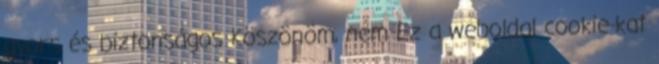
gyors és biztonságos Köszönöm, nem Ez a weboldal cookie-kat